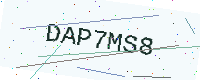
Text: DAP7MS8